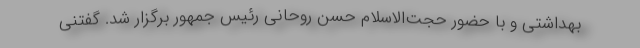
بهداشتی و با حضور حجت‌الاسلام حسن روحانی رئیس جمهور برگزار شد. گفتنی